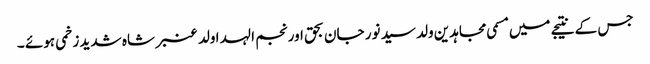
جس کے نتیجے میں مسمی مجاہدین ولد سید نور جان بحق اور نجم الہدا ولد عنبر شاہ شدید زخمی ہوئے ۔